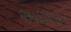
અધળક